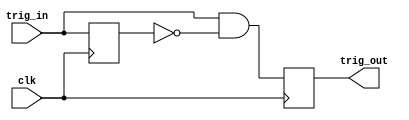
/*-------------------------------------------------------------------------
 Pulse edge detector
 
 File name   : positive_edge.v
 Version     : Version 1.0
 Created     : MAY/05/2011
 Last update : MAY/05/2011
 Modified by : Sho Endo
 
-----------------------------------------------------------------
 Copyright (C) 2011  Tohoku University.
 
 By using this code, you agree to the following terms and conditions.
 
 This code is copyrighted by Tohoku University ("us").
 
 Permission is hereby granted to copy, reproduce, redistribute or
 otherwise use this code as long as: there is no monetary profit gained
 specifically from the use or reproduction of this code, it is not sold,
 rented, traded or otherwise marketed, and this copyright notice is
 included prominently in any copy made.
 
 We shall not be liable for any damages, including without limitation
 direct, indirect, incidental, special or consequential damages arising
 from the use of this code.
 
 When you publish any results arising from the use of this code, we will
 appreciate it if you can cite as following.
 @misc{tohoku-crypto-ip,
  author={Tohoku University ECSIS laboratory},
  title={Cryptographic IP cores},
  howpublished = {https://github.com/ECSIS-lab/IP_cores}
 }

-------------------------------------------------------------------------*/

//Outputs the positive edge of signal 
module POSITIVE_EDGE(clk, trig_in, trig_out);
   input clk, trig_in;
   output trig_out;
   
   reg    trig_in_prev;
   reg    trig_out;
   
   always @(posedge clk) begin
      trig_out <= trig_in & !trig_in_prev;
      trig_in_prev <= trig_in;
   end
endmodule // POSITIVE_EDGE